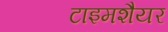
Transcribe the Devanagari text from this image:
टाइमशैयर